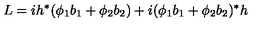
L = i h ^ { * } ( \phi _ { 1 } b _ { 1 } + \phi _ { 2 } b _ { 2 } ) + i ( \phi _ { 1 } b _ { 1 } + \phi _ { 2 } b _ { 2 } ) ^ { * } h